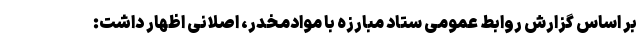
بر اساس گزارش روابط عمومی ستاد مبارزه با موادمخدر، اصلانی اظهار داشت: